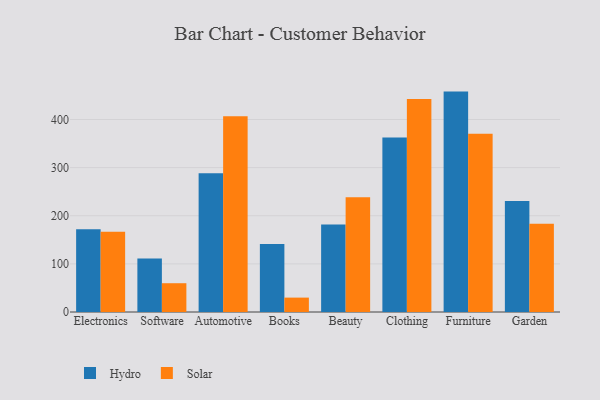
{"axis": {"x": "Category", "y": "Production Output"}, "legend": ["Hydro", "Solar"], "data": [{"x": "Electronics", "y": 172.2, "type": "Hydro"}, {"x": "Electronics", "y": 166.7, "type": "Solar"}, {"x": "Software", "y": 111.0, "type": "Hydro"}, {"x": "Software", "y": 59.8, "type": "Solar"}, {"x": "Automotive", "y": 288.5, "type": "Hydro"}, {"x": "Automotive", "y": 406.6, "type": "Solar"}, {"x": "Books", "y": 141.5, "type": "Hydro"}, {"x": "Books", "y": 29.9, "type": "Solar"}, {"x": "Beauty", "y": 182.0, "type": "Hydro"}, {"x": "Beauty", "y": 238.3, "type": "Solar"}, {"x": "Clothing", "y": 362.4, "type": "Hydro"}, {"x": "Clothing", "y": 442.5, "type": "Solar"}, {"x": "Furniture", "y": 458.0, "type": "Hydro"}, {"x": "Furniture", "y": 370.4, "type": "Solar"}, {"x": "Garden", "y": 230.7, "type": "Hydro"}, {"x": "Garden", "y": 183.2, "type": "Solar"}]}